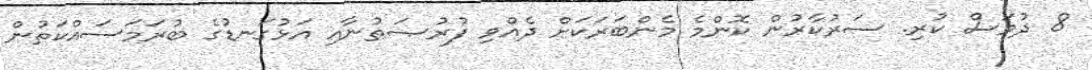
8 ދުވަސް ކުރި. ސަރުކާރުން ކޮންމެ މެންބަރަކަށް ދެއްވި ފުރުޞަތުނާއި އަޅުގަނޑުގެ ބުރަމަސައްކަތުން